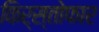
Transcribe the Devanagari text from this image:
किर्स्तोफार